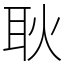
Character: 耿